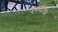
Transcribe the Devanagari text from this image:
एक्गोरिथम